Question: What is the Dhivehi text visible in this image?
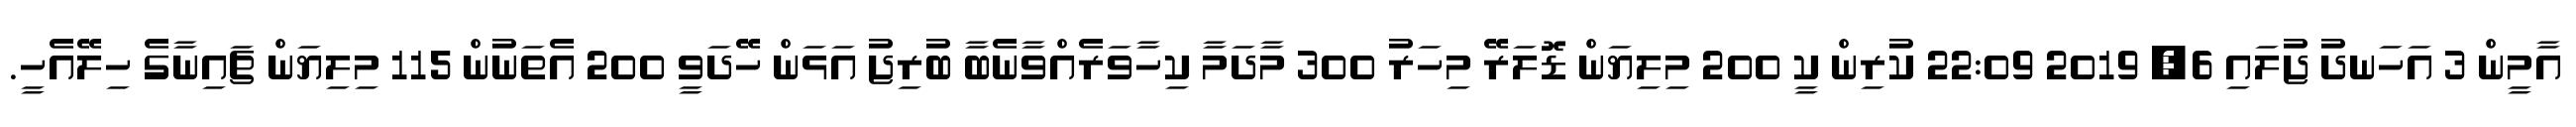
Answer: އާމީން 3 އަހަނދު ޖުލައި 6, 2019 22:09 ކުރިން ކީ 200 މިލިޔަން ޑޮލަރޭ މިހަރު 300 މާދަމާ ކިހާވަރެއްވާނެބާ ބުރިޖު އަޅަން ހޭދަވީ 200 އެތަނުން 115 މިލިޔަން ޗައިނާގެ ހިލޭއެހީ.